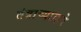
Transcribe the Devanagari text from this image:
तंत्राच्याद्वारे